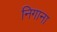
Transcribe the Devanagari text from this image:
निगाना